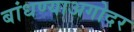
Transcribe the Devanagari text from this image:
बांधण्याअगोदर